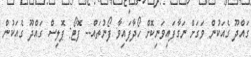
ގައްދޫ ގެއަކުން ވަގަށް ނަގާފައިވަނިކޮށް ހޯދާފައިވާ ފޯނުތައް-- ފޮޓޯ: ޕޮލިސް ގައްދޫ ގެއަކުން